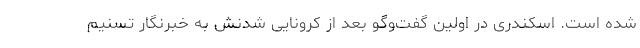
شده است. اسکندری در اولین گفت‌وگو بعد از کرونایی شدنش به خبرنگار تسنیم